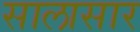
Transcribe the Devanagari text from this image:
सालासार